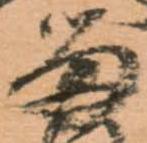
米